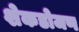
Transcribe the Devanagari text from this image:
शेकडोजण